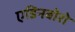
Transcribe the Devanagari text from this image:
एडिनबोरो